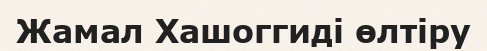
Жамал Хашоггиді өлтіру